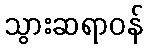
သွားဆရာဝန်